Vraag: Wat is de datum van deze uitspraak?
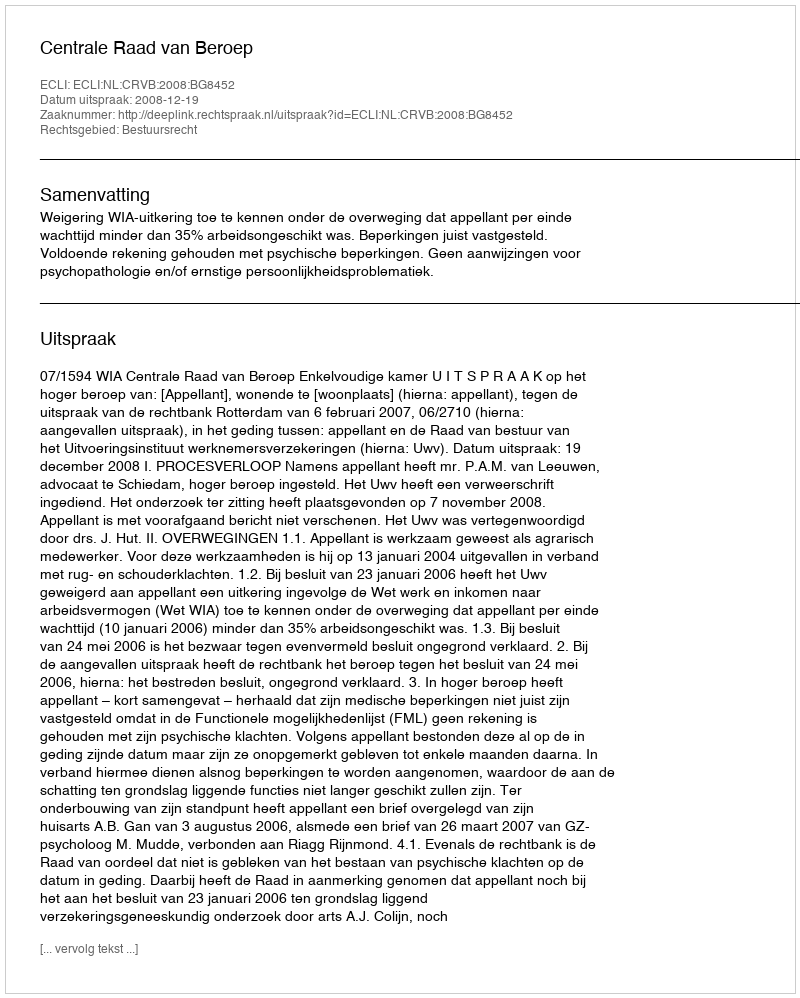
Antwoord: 2008-12-19